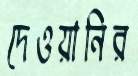
দেওয়ানির